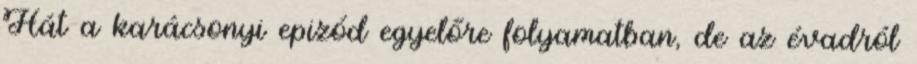
Hát a karácsonyi epizód egyelőre folyamatban, de az évadról